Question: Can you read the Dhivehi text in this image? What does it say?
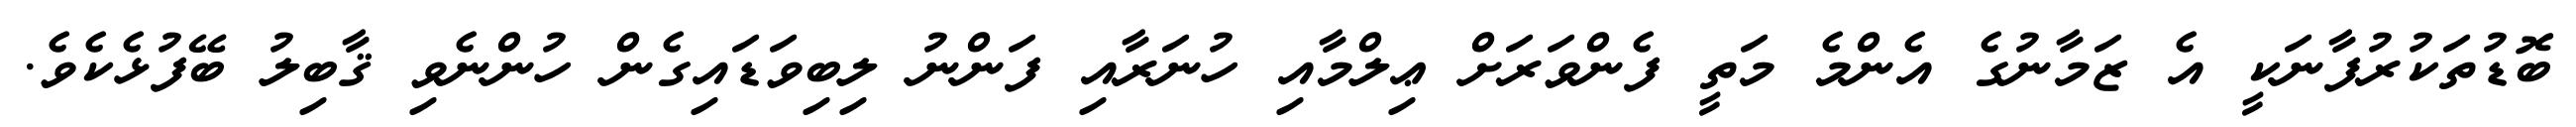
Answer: ބޮޑުތަކުރުފާނަކީ އެ ޒަމާނުގެ އެންމެ މަތީ ފެންވަރަށް ޢިލްމާއި ހުނަރާއި ފަންނު ލިބިވަޑައިގެން ހުންނެވި ޤާބިލު ބޭފުޅެކެވެ.